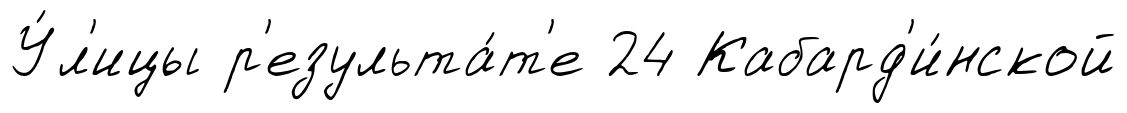
У́л'ицы р'езульта́т'е 24 Кабард'и́нской